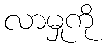
လာမှုကို